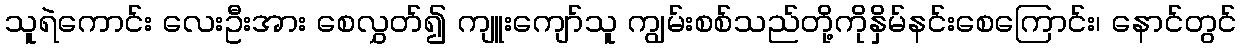
သူရဲကောင်း လေးဦးအား စေလွှတ်၍ ကျူးကျော်သူ ကျွမ်းစစ်သည်တို့ကိုနှိမ်နင်းစေကြောင်း၊ နောင်တွင်